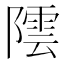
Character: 𮥡